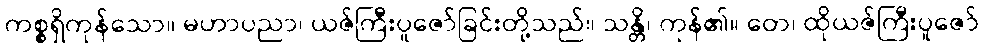
ကစ္စရှိကုန်သော။ မဟာပညာ၊ ယဇ်ကြီးပူဇော်ခြင်းတို့သည်။ သန္တိ၊ ကုန်၏။ တေ၊ ထိုယဇ်ကြီးပူဇော်